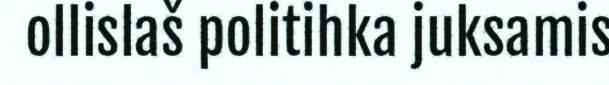
ollislaš politihka juksamis